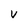
Character: v